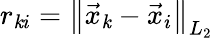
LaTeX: r_{\mathit{k}i}=\left\lVert\vec{{x}}_{\mathit{k}}-\vec{{x}}_{i}\right\rVert_{L_{2}}